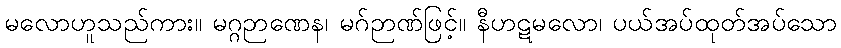
မလောဟူသည်ကား။ မဂ္ဂဉာဏေန၊ မဂ်ဉာဏ်ဖြင့်။ နီဟဋမလော၊ ပယ်အပ်ထုတ်အပ်သော